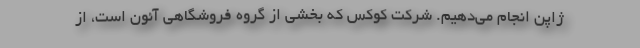
ژاپن انجام می‌دهیم. شرکت کوکس که بخشی از گروه فروشگاهی آئون است، از